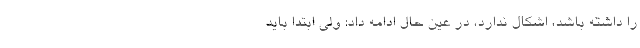
را داشته باشد، اشکال ندارد، در عین حال ادامه داد: ولی ابتدا باید